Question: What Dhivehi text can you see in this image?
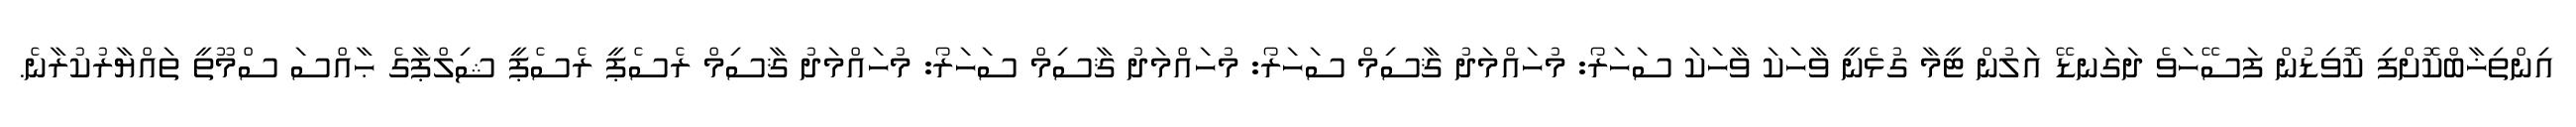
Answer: އިންތިޚާބްކޮށްފި ކޮވިޑުން ފަސޭހަވެ ދަގަނޑޭ އަލުން ޓީމާ ގުޅެނީ ވާހަކަ ވާހަކަ ސަހަރޯ: މުހައްމަދު ޤާސިމް ސަހަރޯ: މުހައްމަދު ޤާސިމް ސަހަރޯ: މުހައްމަދު ޤާސިމް ރެސެޕީ ރެސެޕީ ޝިލްޕާގެ ޙާއްސަ ސްމޫތީ ތައްޔާރުކުރާނެ.